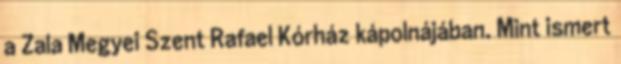
a Zala Megyei Szent Rafael Kórház kápolnájában. Mint ismert